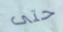
حتى